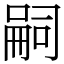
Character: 嗣